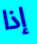
إذا